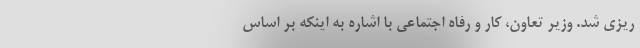
ریزی شد. وزیر تعاون، کار و رفاه اجتماعی با اشاره به اینکه بر اساس